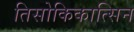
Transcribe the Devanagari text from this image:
तिसोकिकात्सिन